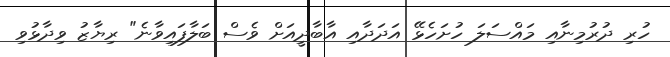
ހުރި ދުރުމިނާއި މައްސަލަ ހުށަހެޅޭ އަދަދާއި އާބާދީއަށް ވެސް ބަލާފައިވާނެ" ރިޔާޒު ވިދާޅުވި